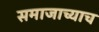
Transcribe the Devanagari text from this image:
समाजाच्याच